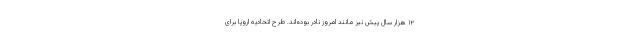
۱۲ هزار سال پیش نیز مانند امروز نادر بوده‌اند. طرح اتحادیه اروپا برای